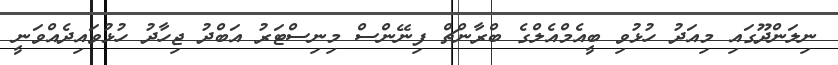
ނިލަންދޫގައި މިއަދު ހުޅުވި ބީއެމްއެލްގެ ބްރާންޗް ފިނޭންސް މިނިސްޓަރު އަބްދު ޖިހާދު ހުޅުވައިދެއްވަނީ